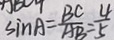
\sin A = \frac { B C } { A B } = \frac { 4 } { 5 }